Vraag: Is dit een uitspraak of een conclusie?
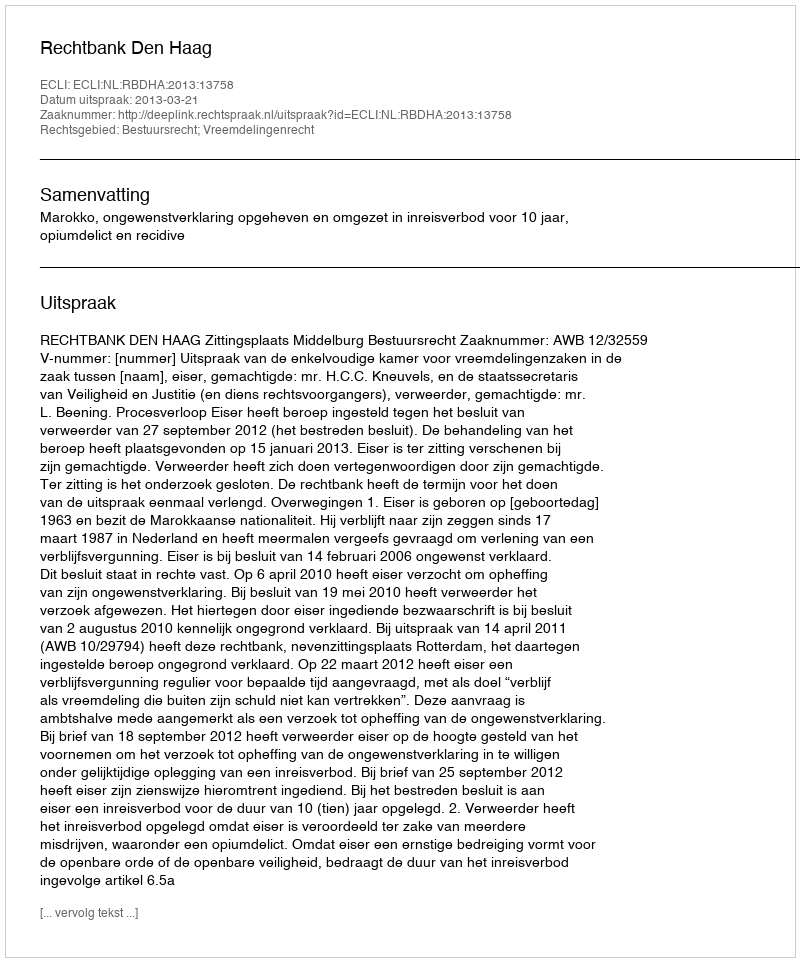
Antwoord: Uitspraak